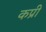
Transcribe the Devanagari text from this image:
कप्री